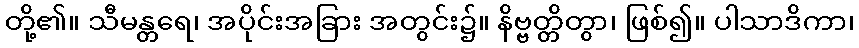
တို့၏။ သီမန္တရေ၊ အပိုင်းအခြား အတွင်း၌။ နိဗ္ဗတ္တိတွာ၊ ဖြစ်၍။ ပါသာဒိကာ၊